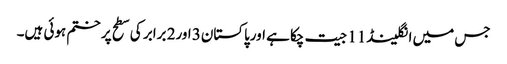
جس میں انگلینڈ11 جیت چکا ہے اورپاکستان3 اور2 برابر کی سطح پر ختم ہوئی ہیں۔